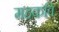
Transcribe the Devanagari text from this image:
महकवि